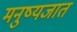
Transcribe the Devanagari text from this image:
मनुष्यजात